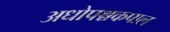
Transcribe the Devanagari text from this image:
अधोपश्चकपाल